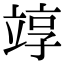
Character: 䇏